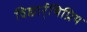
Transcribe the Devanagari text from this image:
विद्यार्र्थिप्रिय